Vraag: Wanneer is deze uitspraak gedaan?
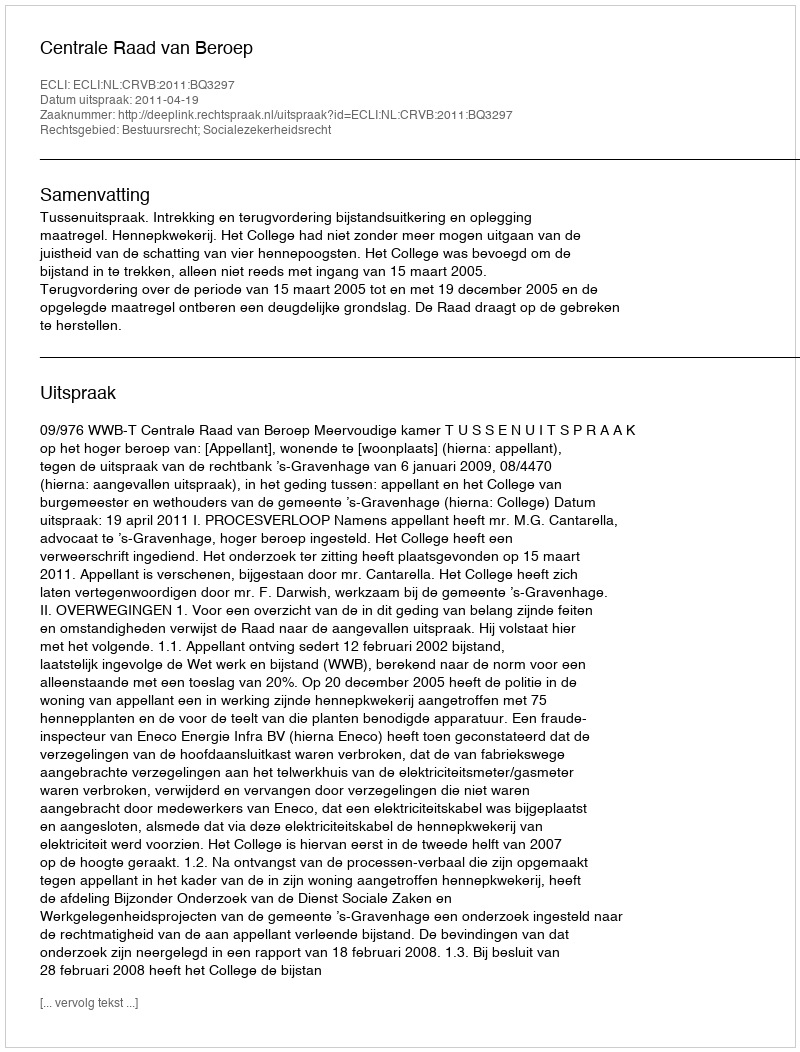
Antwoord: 2011-04-19